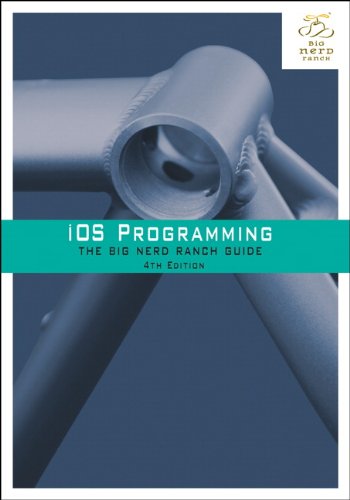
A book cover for iOS Programming: The Big Nerd Ranch Guide (4th Edition) (Big Nerd Ranch Guides); Joe Conway; Computers & Technology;